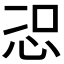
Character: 𭜦